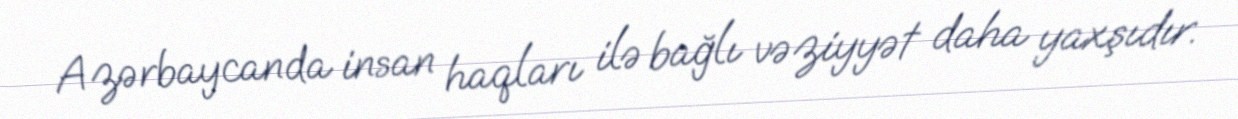
Azərbaycanda insan haqları ilə bağlı vəziyyət daha yaxşıdır.